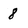
Character: 8